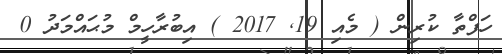
ހަފްތާ ކުރިން ( މެއި 19